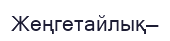
Жеңгетайлық—